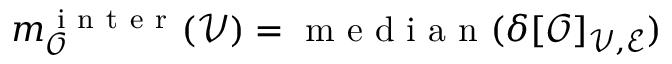
m _ { \mathcal { O } } ^ { \mathrm { ~ i ~ n ~ t ~ e ~ r ~ } } ( \mathcal { V } ) = \mathrm { ~ m ~ e ~ d ~ i ~ a ~ n ~ } ( \delta [ \mathcal { O } ] _ { \mathcal { V } , \mathcal { E } } )